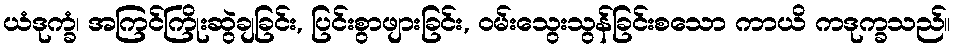
ယံဒုက္ခံ၊ အကြင်ကြိုးဆွဲချခြင်း, ပြင်းစွာဖျားခြင်း, ဝမ်းသွေးသွန်ခြင်းစသော ကာယိ ကဒုက္ခသည်။